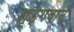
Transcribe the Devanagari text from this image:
शृङ्गवान्